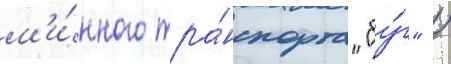
м'и́нного тра́нспорта "бу́г" /